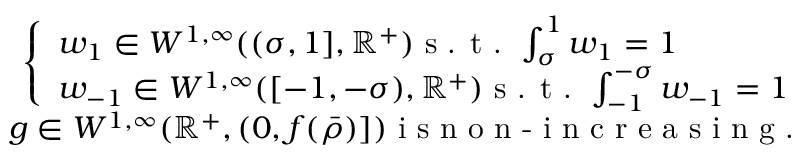
\begin{array} { r } { \left\lbrace \begin{array} { l } { w _ { 1 } \in W ^ { 1 , \infty } ( ( \sigma , 1 ] , \mathbb { R } ^ { + } ) \textrm { s . t . } \int _ { \sigma } ^ { 1 } w _ { 1 } = 1 } \\ { w _ { - 1 } \in W ^ { 1 , \infty } ( [ - 1 , - \sigma ) , \mathbb { R } ^ { + } ) \textrm { s . t . } \int _ { - 1 } ^ { - \sigma } w _ { - 1 } = 1 } \end{array} \right. } \\ { g \in W ^ { 1 , \infty } ( \mathbb { R } ^ { + } , ( 0 , f ( \bar { \rho } ) ] ) \textrm { i s n o n - i n c r e a s i n g . } } \end{array}